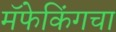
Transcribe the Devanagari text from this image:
मॅफेकिंगचा